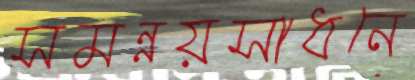
সমন্নয়সাধনে